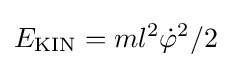
E_{\mathrm {KIN} }=ml^{2}{\dot {\varphi }}^{2}/2